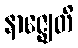
နာဇ္ဈေတိ